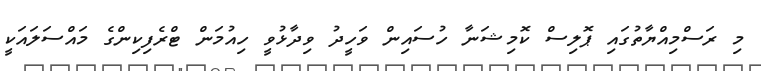
މި ރަސްމިއްޔާތުގައި ޕޮލިސް ކޮމިޝަނާ ހުސައިން ވަހީދު ވިދާޅުވީ ހިއުމަން ޓްރެފިކިންގެ މައްސަލައަކީ